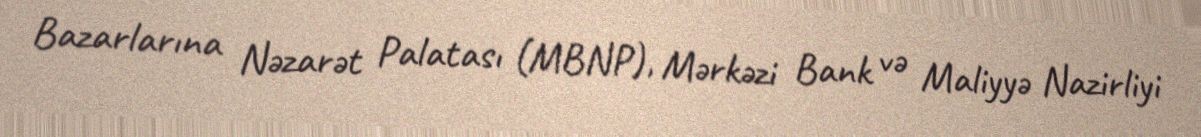
Bazarlarına Nəzarət Palatası (MBNP), Mərkəzi Bank və Maliyyə Nazirliyi